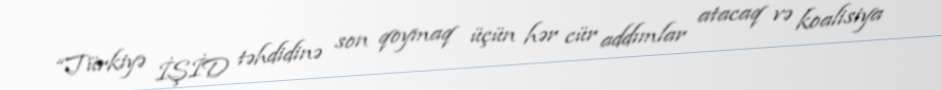
“Türkiyə İŞİD təhdidinə son qoymaq üçün hər cür addımlar atacaq və koalisiya